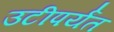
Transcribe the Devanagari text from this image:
उटीपर्यंत